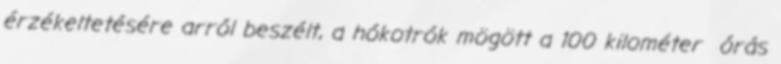
érzékeltetésére arról beszélt, a hókotrók mögött a 100 kilométer órás